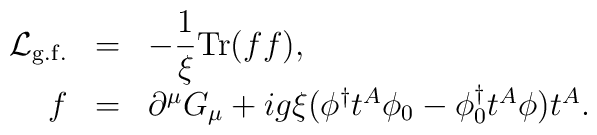
\begin{array}{rcl}{\cal L}_{\rm g.f.}&=&\displaystyle-\frac{1}{\xi}{\rm Tr}(ff),\\f&=&\partial^{\mu}G_{\mu}+ig\xi(\phi^{\dagger}t^A\phi_0-\phi_0^{\dagger}t^A\phi)t^A.\end{array}